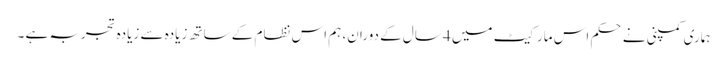
ہماری کمپنی نے حکم اس مارکیٹ میں 4 سال کے دوران، ہم اس نظام کے ساتھ زیادہ سے زیادہ تجربہ ہے ۔